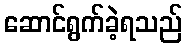
ဆောင်ရွက်ခဲ့ရသည်